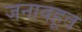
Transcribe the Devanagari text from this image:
जनावहूत